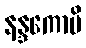
နန္ဒကောပိ